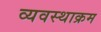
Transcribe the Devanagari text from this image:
व्यवस्थाक्रम